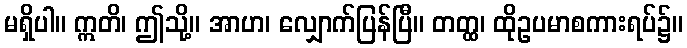
မရှိပါ။ ဣတိ၊ ဤသို့။ အာဟ၊ လျှောက်ပြန်ပြီ။ တတ္ထ၊ ထိုဥပမာစကားရပ်၌။